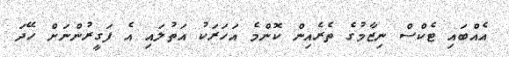
އެއްބައި ޓެކްސް ނިޒާމުގެ ތެރެއިން ކޮންމެ އަހަރަކު އަތުލައި އެ ފަގީރުންނަށް ހޭދަ